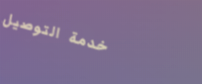
خدمة التوصيل